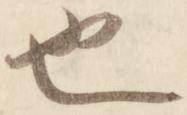
也